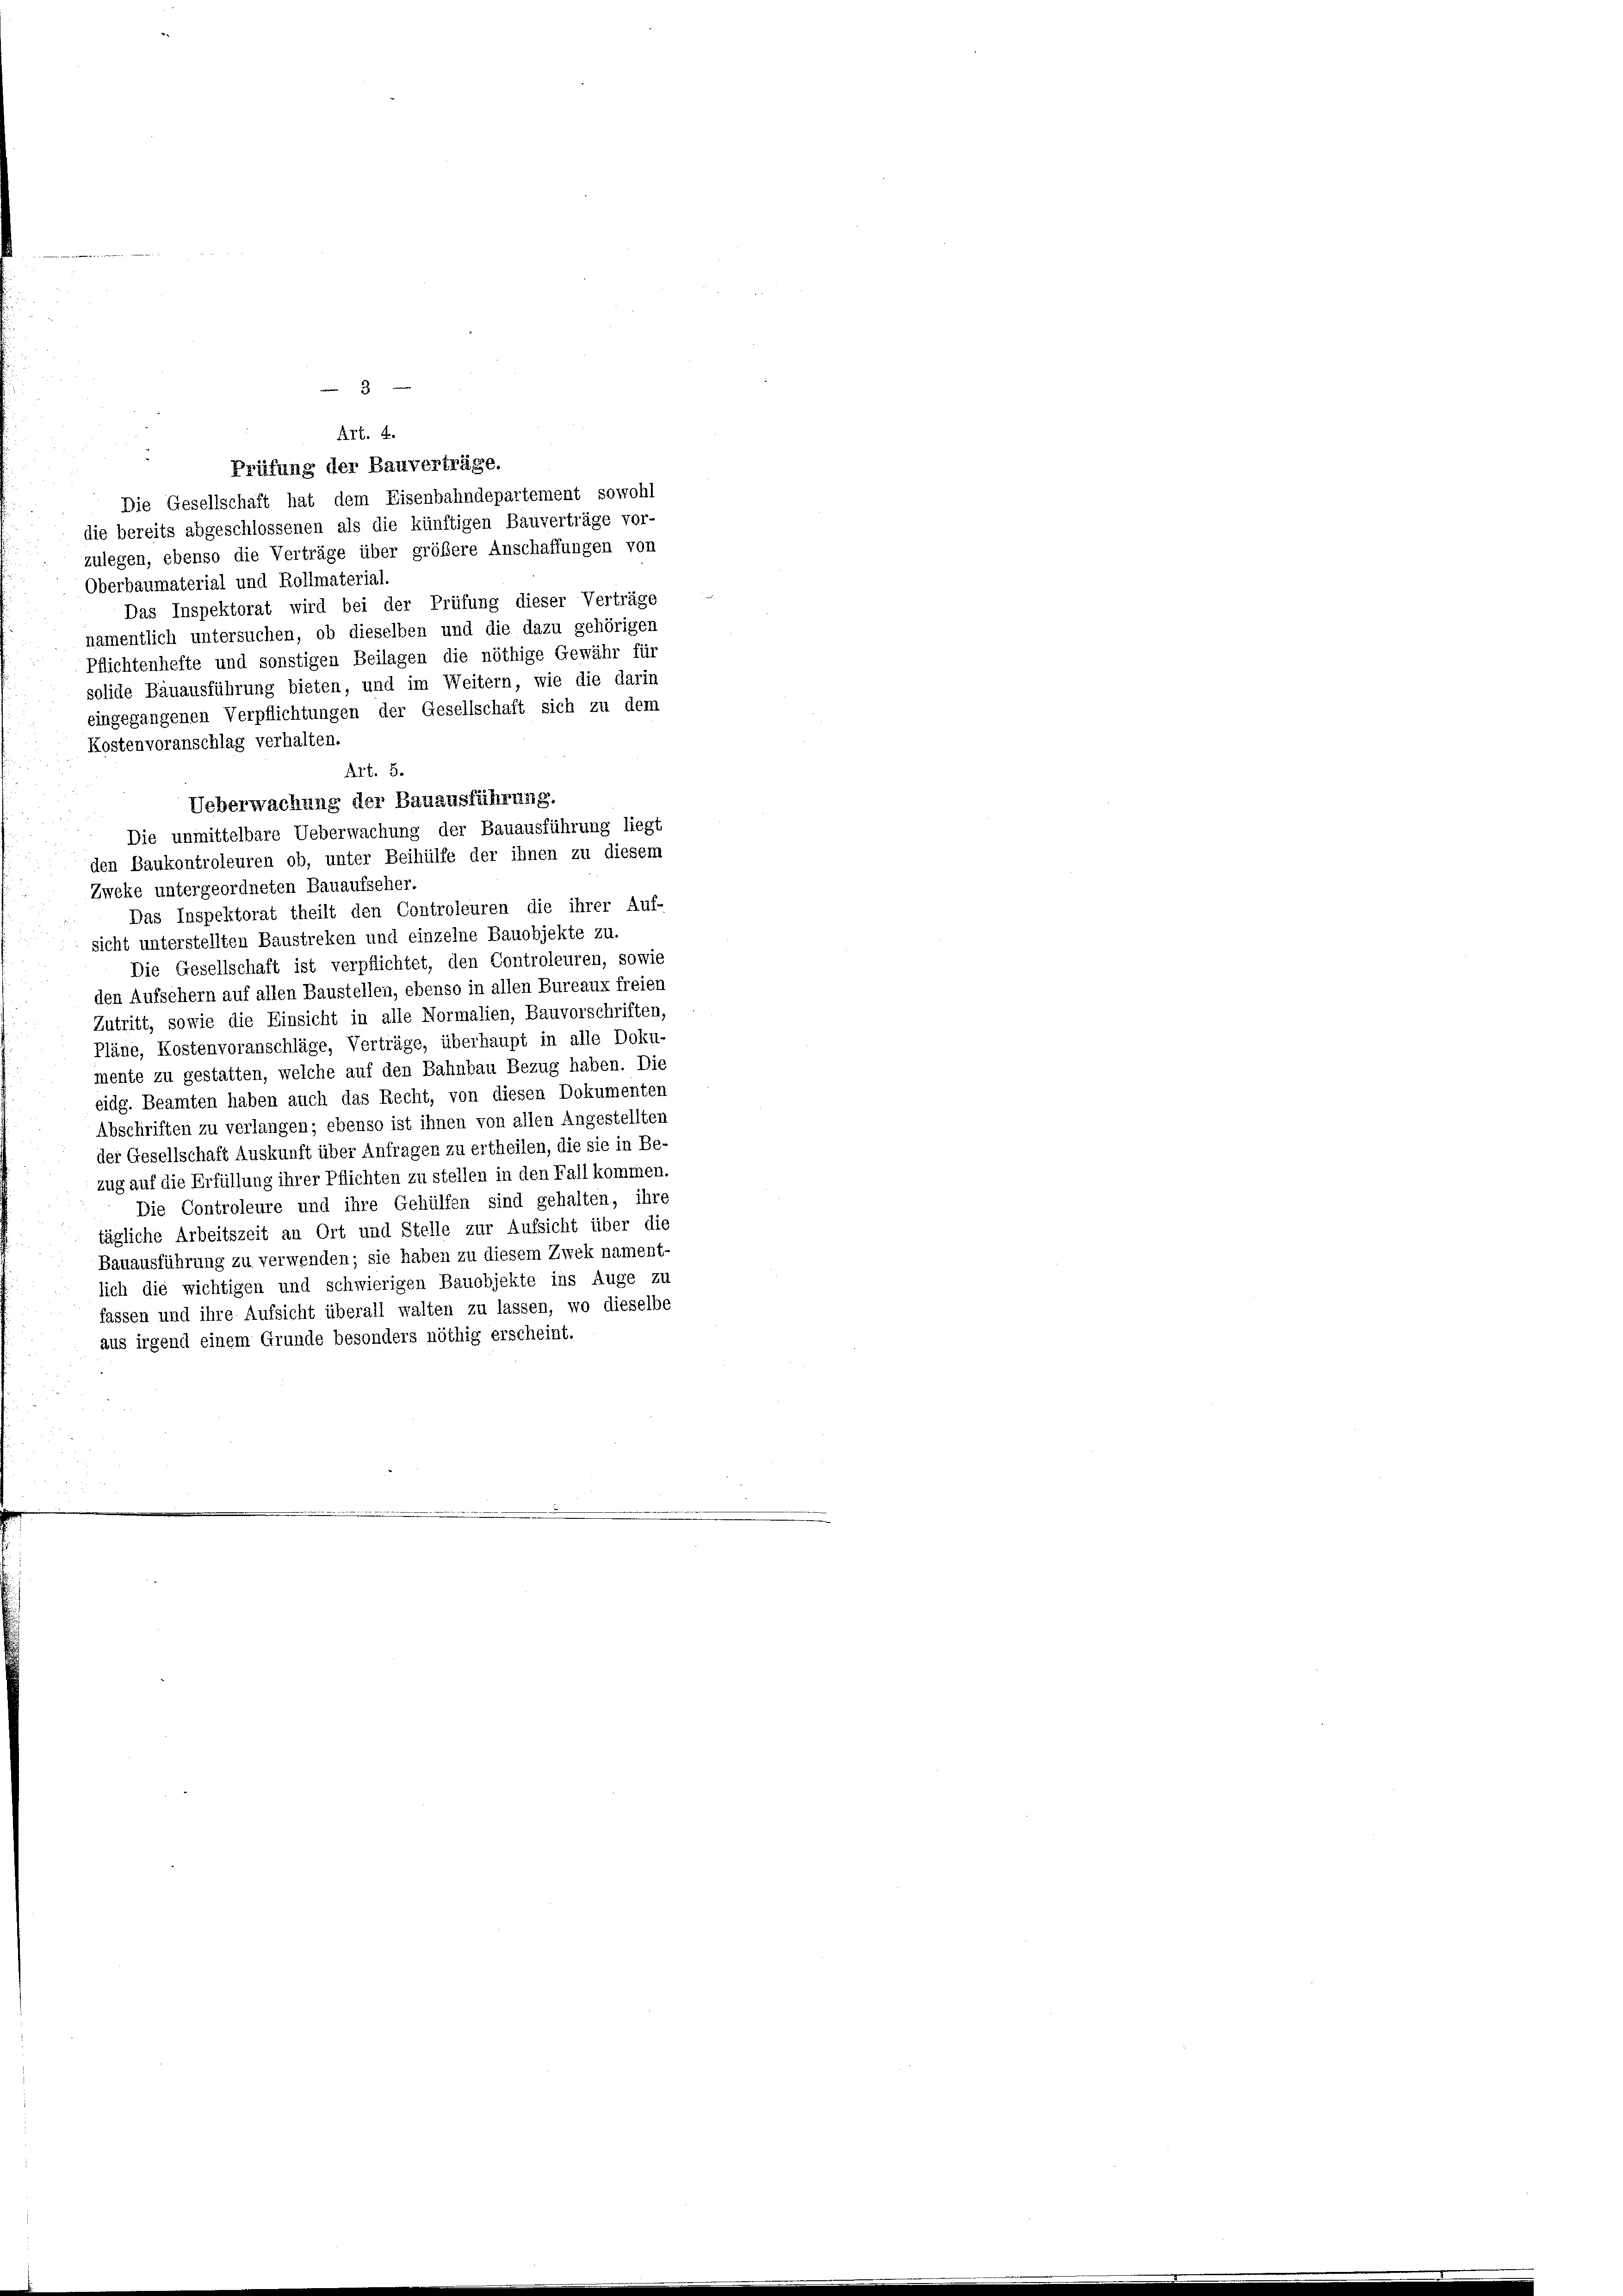
Art. 4.
Prüfung der Bauverträge.
Die Gesellschaft hat dem Eisenbahndepartement sowohl
die bereits abgeschlossenen als die künftigen Bauverträge vor-
zulegen, ebenso die Verträge über größere Anschaffungen von
Oberbaumaterial und Rollmaterial.
Das Inspektorat wird bei der Prüfung dieser Verträge
namentlich untersuchen, ob dieselben und die dazu gehörigen
Pflichtenhefte und sonstigen Beilagen die nöthige Gewähr für
solide Bauausführung bieten, und im Weitern, wie die darin
eingegangenen Verpflichtungen der Gesellschaft sich zu dem
Kostenvoranschlag verhalten.
den Baukontroleuren ob, unter Beihülfe der ihnen zu diesem
Zweke untergeordneten Bauaufseher.
Das Inspektorat theilt den Controleuren die ihrer Auf-
sicht unterstellten Baustreken und einzelne Bauobjekte zu.
Die Gesellschaft ist verpflichtet, den Controleuren, sowie
den Aufsehern auf allen Baustellen, ebenso in allen Bureaux freien
Zutritt, sowie die Einsicht in alle Normalien, Bauvorschriften,
Pläne, Kostenvoranschläge, Verträge, überhaupt in alle Doku
mente zu gestatten, welche auf den Bahnbau Bezug haben. Die
eidg. Beamten haben auch das Recht, von diesen Dokumenten
Abschriften zu verlangen; ebenso ist ihnen von allen Angestellten
der Gesellschaft Auskunft über Anfragen zu ertheilen, die sie in Be-
zug auf die Erfüllung ihrer Pflichten zu stellen in den Fall kommen.
Die Controleure und ihre Gehülfen sind gehalten, ihre
tägliche Arbeitszeit an Ort und Stelle zur Aufsicht über die
Bauausführung zu verwenden; sie haben zu diesem Zwek nament-
lich die wichtigen und schwierigen Bauobjekte ins Auge zu
fassen und ihre Aufsicht überall walten zu lassen, wo dieselbe
aus irgend einem Grunde besonders nöthig erscheint.

Art. 5.
Ueberwachung der Bauausführung.
Die unmittelbare Ueberwachung der Bauausführung liegt